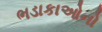
ભડાકાઓનો